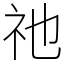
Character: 祂